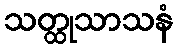
သတ္ထုသာသနံ